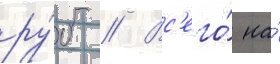
ру́б // Вс'его́ на́